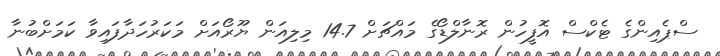
ސްޕެއިންގެ ޓެކްސް އޮފީހުން ރޮނާލްޑޯގެ މައްޗަށް 14.7 މިލިއަން ޔޫރޯއަށް މަކަރުހަދާފައިވާ ކަމަށްބުނާ